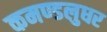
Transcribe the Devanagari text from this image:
कमण्डलुधर